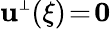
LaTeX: {\mathbf u}^{\scriptscriptstyle\perp}(\xi)\! =\! {\mathbf 0}